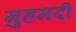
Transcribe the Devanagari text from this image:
मुहमदी